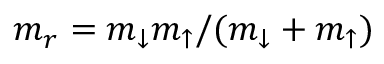
m _ { r } = m _ { \downarrow } m _ { \uparrow } / ( m _ { \downarrow } + m _ { \uparrow } )